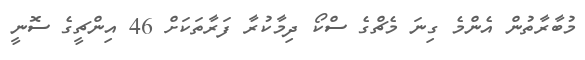
މުބާރާތުން އެންމެ ގިނަ މެޗްގެ ސްކޯ ދިމާކުރާ ފަރާތަކަށް 46 އިންޗީގެ ސޮނީ